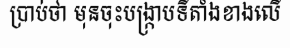
ប្រាប់ថា មុនចុះបង្ក្រាបទីតាំងខាងលើ